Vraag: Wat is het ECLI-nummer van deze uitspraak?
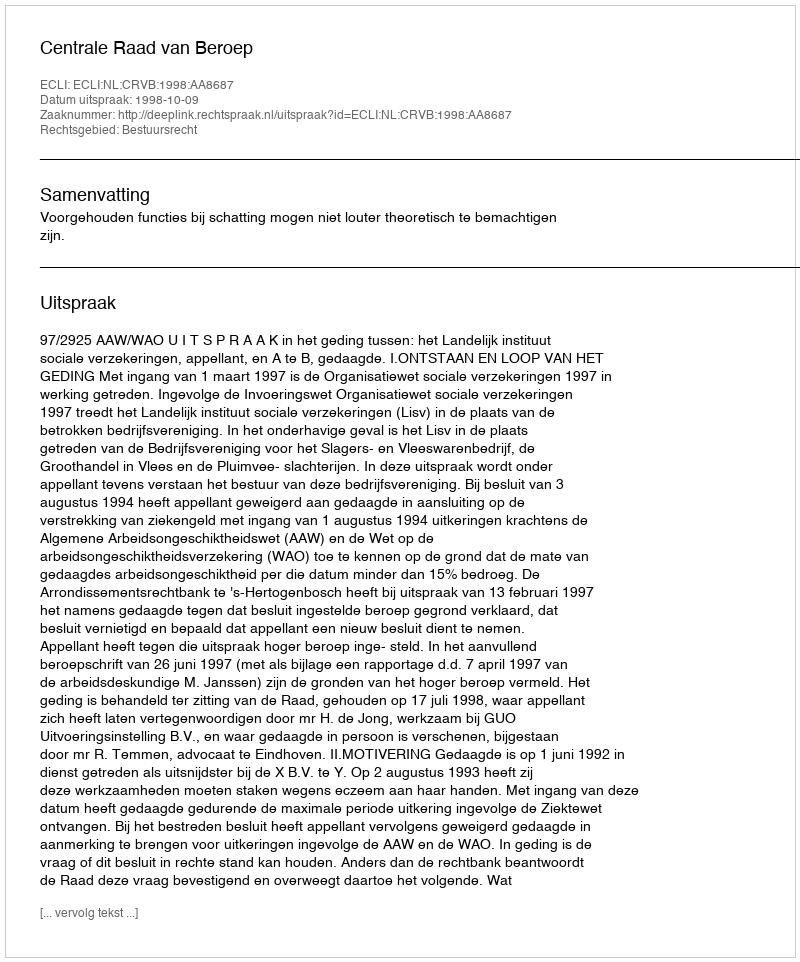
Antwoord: ECLI:NL:CRVB:1998:AA8687